Malarial fevers
Disease focus: Malaria
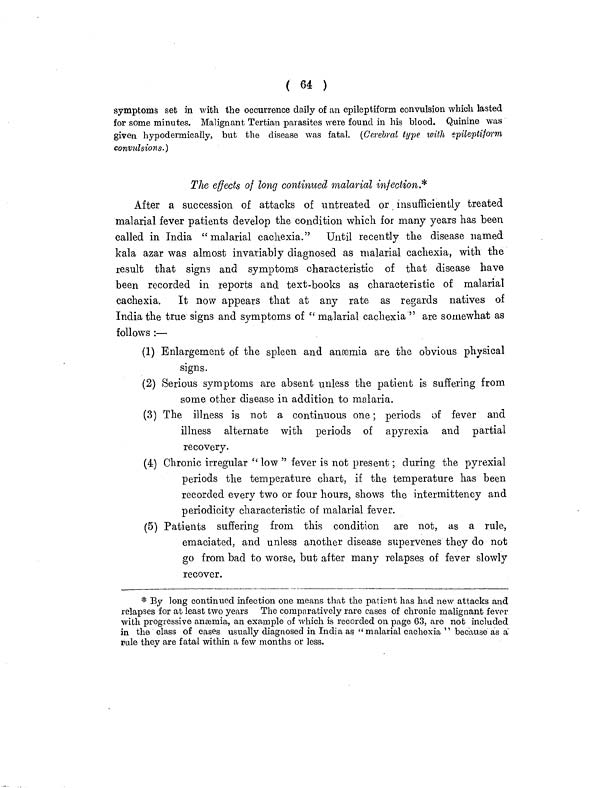
( 64 )
symptoms set in with the occurrence daily of an epileptiform convulsion which lasted
for some minutes. Malignant Tertian parasites were found in his blood. Quinine was
given hypodermically, but the disease was fatal. (Cerebral type with epileptiform
convulsions.)
The effects of long continued malarial infection.*
After a succession of attacks of untreated or insufficiently treated
malarial fever patients develop the condition which for many years has been
called in India "malarial cachexia."
Until recently the disease named
kala azar was almost invariably diagnosed as malarial cachexia, with the
result that signs and symptoms characteristic of that disease have
been recorded in reports and text-books as characteristic of malarial
cachexia.
It now appears that at any rate as regards natives of
India the true signs and symptoms of " malarial cachexia " are somewhat as
follows :—
(1) Enlargement of the spleen and anæmia are the obvious physical
signs.
(2) Serious symptoms are absent unless the patient is suffering from
some other disease in addition to malaria.
(3) The illness is not a continuous one ; periods of fever and
illness alternate with periods of apyrexia and partial
recovery.
(4) Chronic irregular " low " fever is not present ; during the pyrexial
periods the temperature chart, if the temperature has been
recorded every two or four hours, shows the intermittency and
periodicity characteristic of malarial fever.
(5) Patients suffering from this condition are not, as a rule,
emaciated, and unless another disease supervenes they do not
go from bad to worse, but after many relapses of fever slowly
recover.
* By long continued infection one means that the patient has had new attacks and
relapses for at least two years The comparatively rare cases of chronic malignant fever
with progressive anæmia, an example of which is recorded on page 63, are not included
in the class of cases usually diagnosed in India as "malarial cachexia " because as a
rule they are fatal within a few months or less.